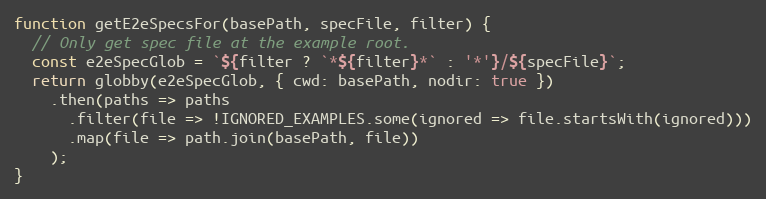
Language: JavaScript
function getE2eSpecsFor(basePath, specFile, filter) {
  // Only get spec file at the example root.
  const e2eSpecGlob = `${filter ? `*${filter}*` : '*'}/${specFile}`;
  return globby(e2eSpecGlob, { cwd: basePath, nodir: true })
    .then(paths => paths
      .filter(file => !IGNORED_EXAMPLES.some(ignored => file.startsWith(ignored)))
      .map(file => path.join(basePath, file))
    );
}